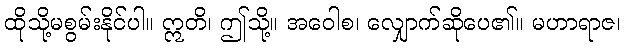
ထိုသို့မစွမ်းနိုင်ပါ။ ဣတိ၊ ဤသို့။ အဝေါစ၊ လျှောက်ဆိုပေ၏။ မဟာရာဇ၊